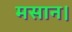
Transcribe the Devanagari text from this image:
मसान।